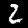
Digit: 2